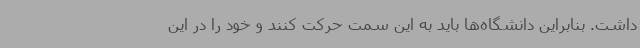
داشت. بنابراین دانشگاه‌ها باید به این سمت حرکت کنند و خود را در این